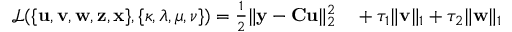
\begin{array} { r l } { \mathcal { L } ( \{ \mathbf { u , v , w , z , x } \} , \{ \boldsymbol { \kappa , \lambda , \mu , \nu } \} ) = \frac { 1 } { 2 } \| \mathbf { y - C u } \| _ { 2 } ^ { 2 } } & { { } + \tau _ { 1 } \| \mathbf { v } \| _ { 1 } + \tau _ { 2 } \| \mathbf { w } \| _ { 1 } } \end{array}